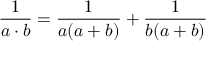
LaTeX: { \frac { 1 } { a \cdot b } } = { \frac { 1 } { a ( a + b ) } } + { \frac { 1 } { b ( a + b ) } }